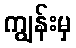
ကျွန်းမှ